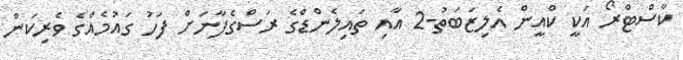
ކާސްޓްރޯ އަކީ ކްއީން އެލިޒަބަތު-2 އާއި ތައިލެންޑްގެ ރަސްގެފާނަށް ފަހު ގައުމެއްގެ ވެރިކަން